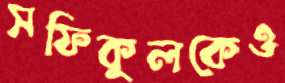
সফিকুলকেও